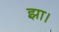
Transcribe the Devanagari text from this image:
झा।